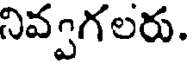
నివ్వగలరు.